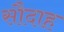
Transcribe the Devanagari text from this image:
सौदाह